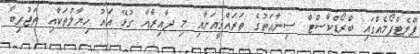
ޕްލެޓްފޯމެއްގައި ބްރޯޑްކާސްޓް ސިނާއަތުގެ ތަރައްޤީއަށާއި މި ދާއިރާއާ ގުޅޭ އައު ހިޔާލުތަކާއި ތަޖުރިބާ